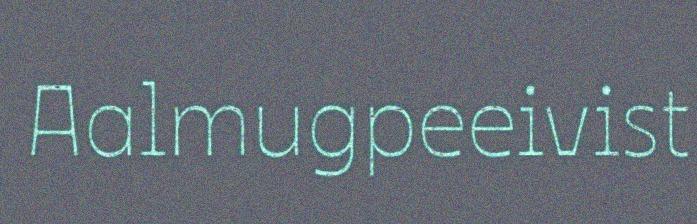
Aalmugpeeivist